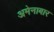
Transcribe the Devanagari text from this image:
अमेनाबार